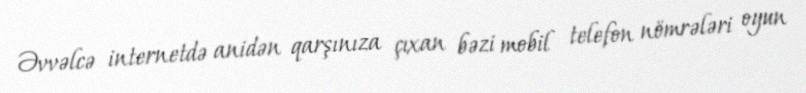
Əvvəlcə internetdə anidən qarşınıza çıxan bəzi mobil telefon nömrələri oyun